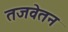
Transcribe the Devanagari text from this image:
तजवेतन